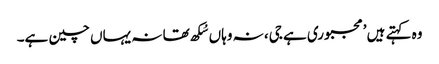
وہ کہتے ہیں ’مجبوری ہے جی، نہ وہاں سُکھ تھا نہ یہاں چین ہے۔